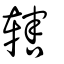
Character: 舝